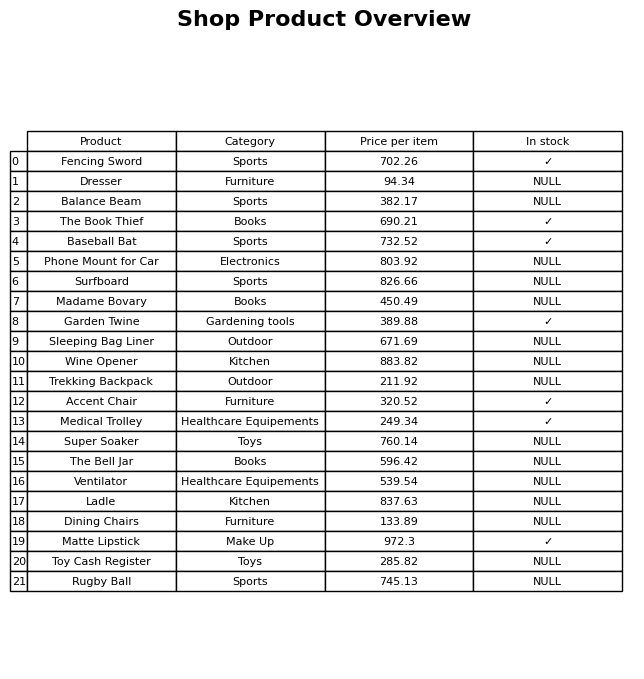
question: What category does the Dresser belong to?
answer: Furniture